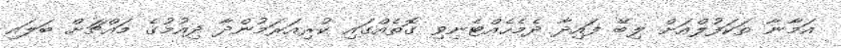
އަމާނާ ތަކަފުލްއަށް ލިބޭ ފައިދާ ދެމެހެއްޓެނިވި ގޮތެއްގައި ކުރިއަރަމުންދާ ދިއުމުގެ މައްޗަށް ބަލައި